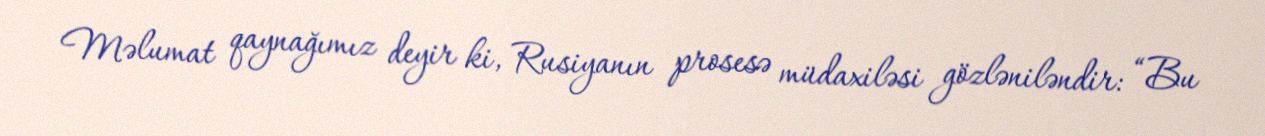
Məlumat qaynağımız deyir ki, Rusiyanın prosesə müdaxiləsi gözləniləndir: “Bu